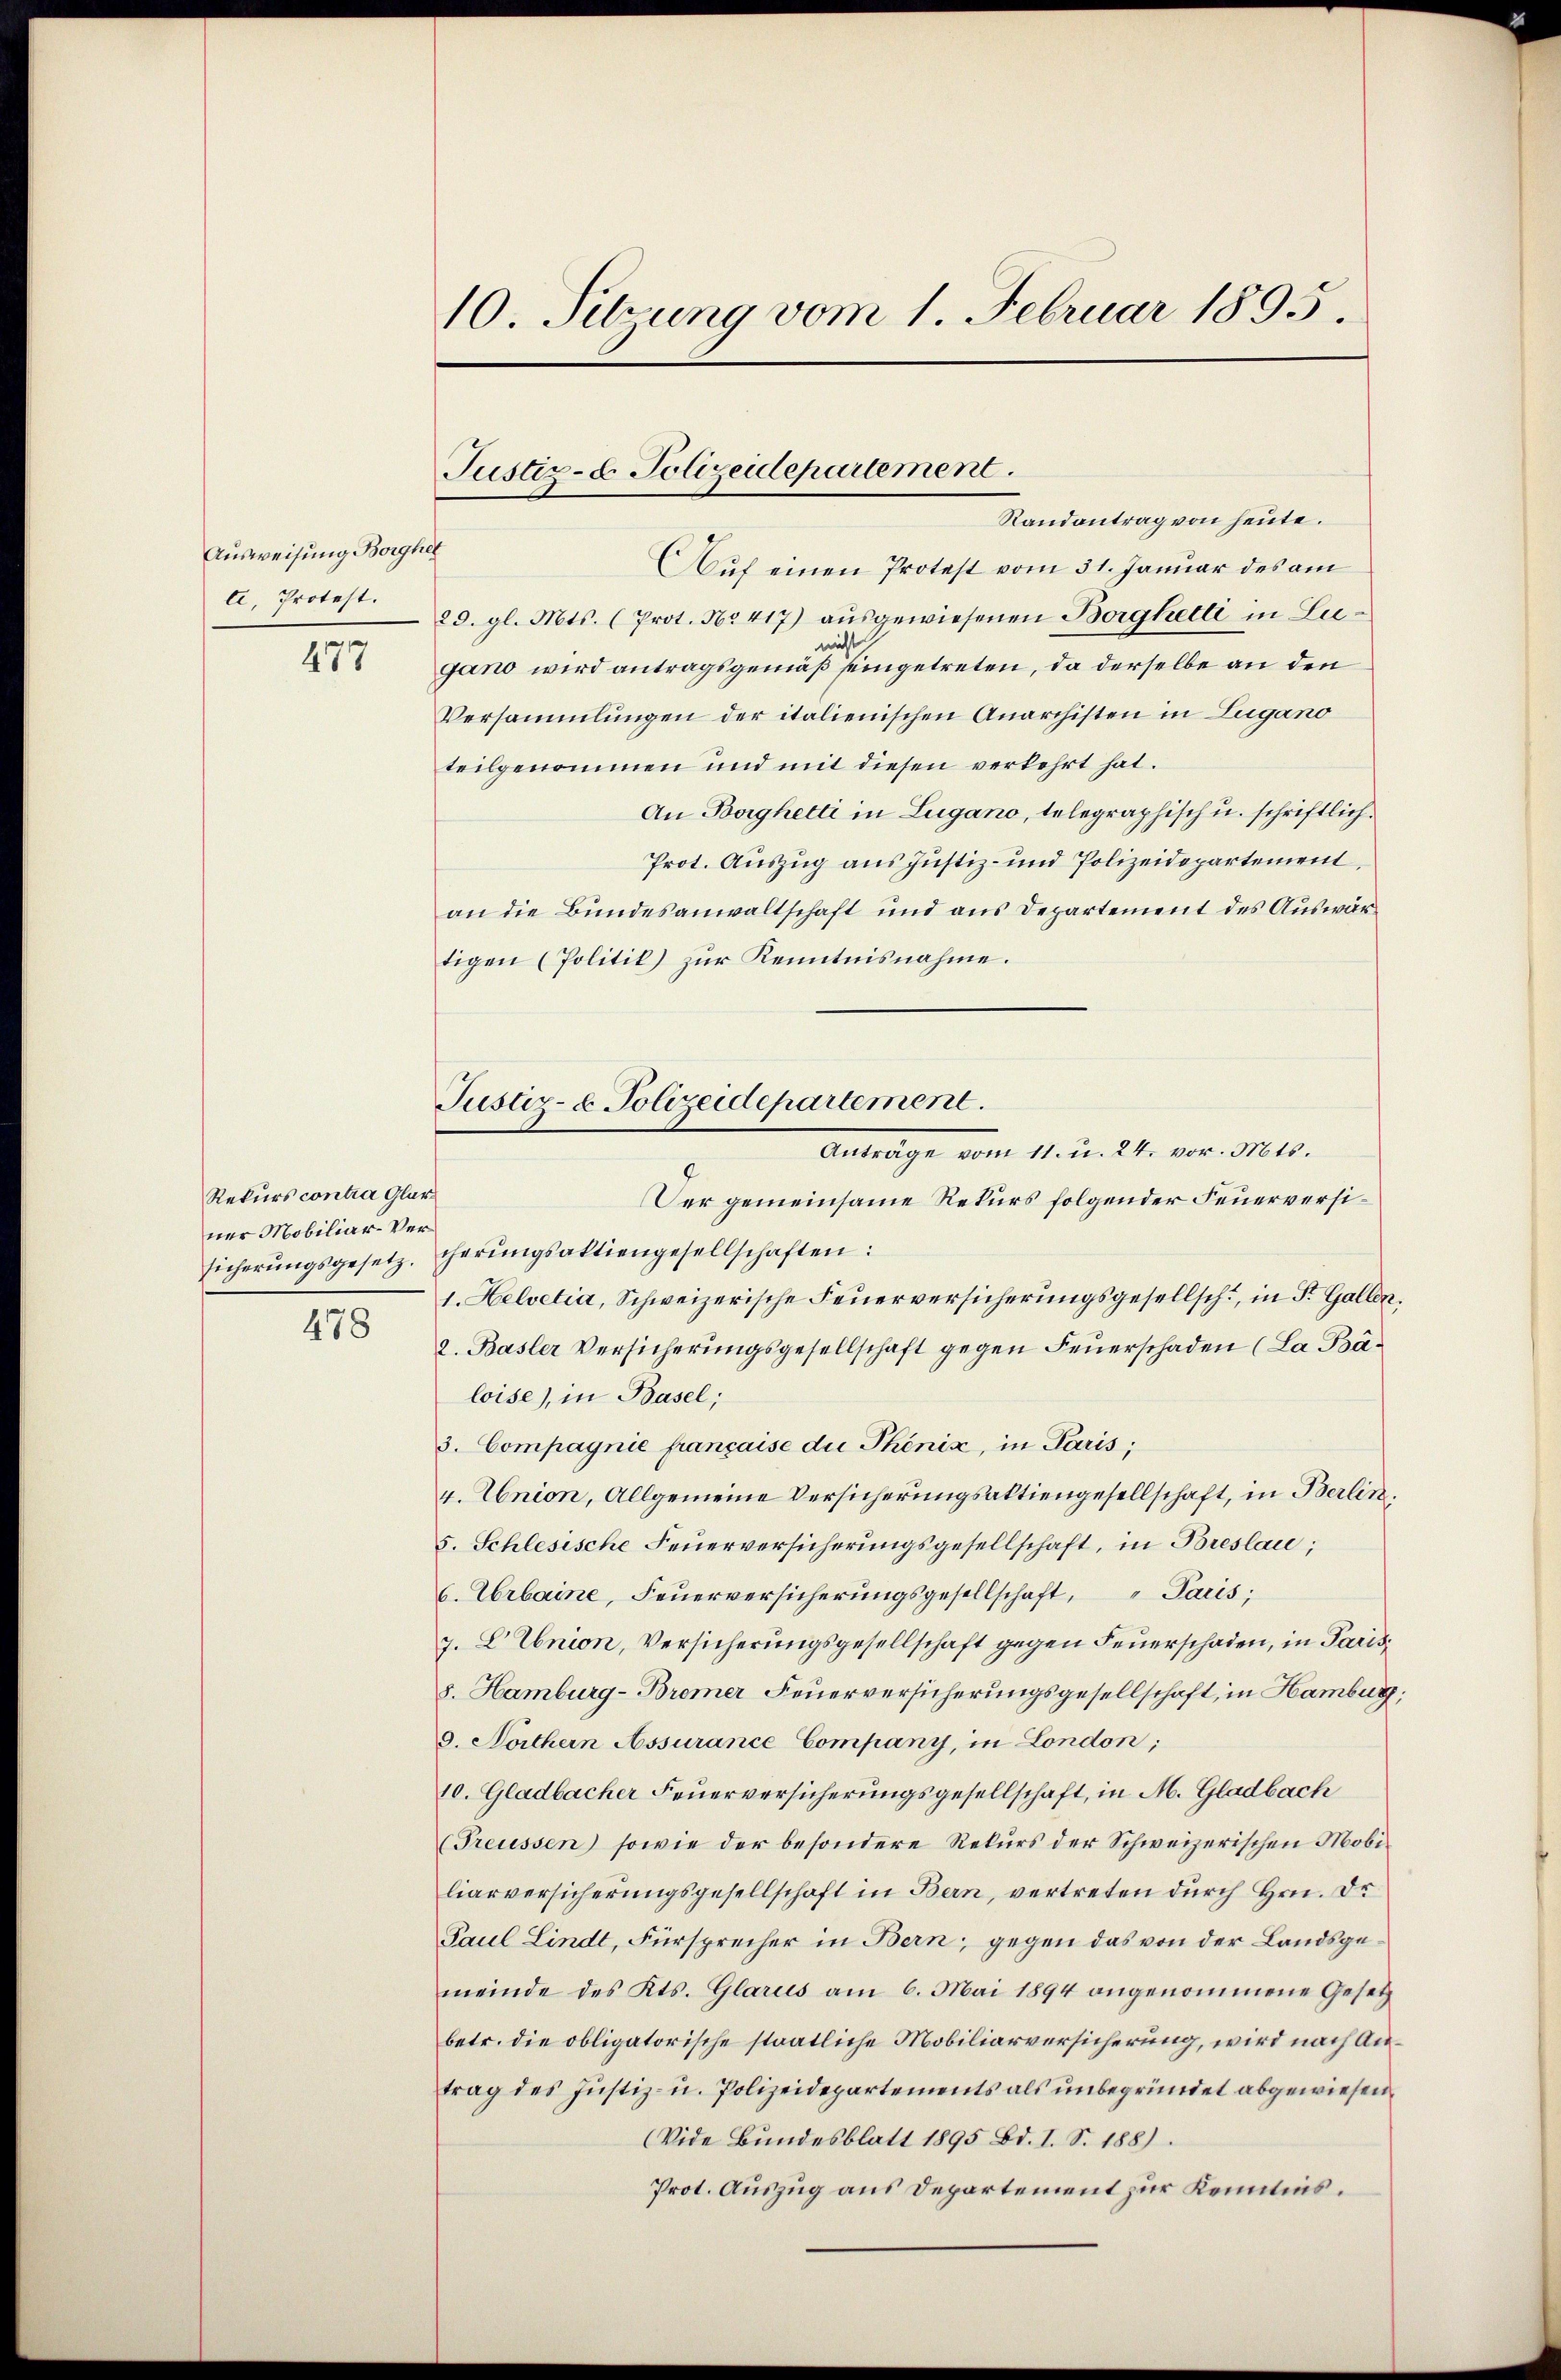
Ausweisung Borghel
l, Protest.

477

Rekurs contra Glarus
ner Mobiliar-Versicherungsgesetz.

478

10. Sitzung vom 1. Februar 1895.

Justiz- & Polizeidepartement.
Randantrag von heute.

Auf einen Protest vom 31. Januar des am
29. gl. Mts. (Prot. No 417) ausgewiesenen Borghetti in Lunicht
gano wird antragsgemäß seingetreten, da derselbe an den
Versammlungen der italienischen Anarchisten in Lugano
teilgenommen und mit diesen verkehrt hat.
An Borghetti in Lugano, telegraphisch u. schriftlich.
Prot. Auszug aus Justiz- und Polizeidepartement
an die Bundesanwaltschaft und aus Departement des Auswärtigen (Politik) zur Kenntnisnahme.
er gemeinsame Rekurs folgender Feuerversicherungsaktiengesellschaften:
1. Helvetia, Schweizerische Feuerversicherungsgesellsch, in St. Gallen,
2. Basler Versicherŭngsgesellschaft gegen Feŭerschaden (La Báloise), in Basel;
3. Compagnie française die Phönix, in Paris;
4. Union, Allgemeine Versicherungsaktiengesellschaft, in Berlin.
5. Schlesische Feŭerversicherungsgesellschaft, in Breslau;
6. Urbaine, Feuerversicherungsgesellschaft, Paris;
7. L. Union, Versicherungsgesellschaft gegen Feuerschaden, in Paris¬
8. Hamburg-Bremer Feuerversicherungsgesellschaft, in Hamburg,
9. Northern Assurance Company, in London;
10. Gladbacher Feuerversicherungsgesellschaft, in M. Gladbach
Preussen) sowie der besondere Rekŭrs der Schweizerischen Mobi-
liarversicherungsgesellschaft in Bern, vertreten durch Hrn. Dr
Paul Lindt, Fürsprecher in Bern; gegen das von der Landsgemeinde des Kts. Glarus am 6. Mai 1894 angenommene Gesetz
betr. die obligatorische staatliche Mobiliarversicherung, wird nach Antrag des Justiz- u. Polizeidepartements als unbegründet abgewiesen.
(Vide Bundesblatt 1895 Bd. I. S. 188).
Prot. Auszug aus Departement zur Kenntnis.

Justiz- & Polizeidepartement.
11. u. 24. vor. Mts.